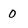
Character: o